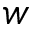
w